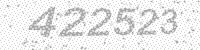
Solution: 422523